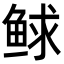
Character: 𩾁